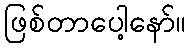
ဖြစ်တာပေါ့နော်။